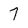
Character: 7